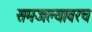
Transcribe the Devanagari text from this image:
समजल्यावरच